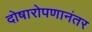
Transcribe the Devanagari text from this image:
दोषारोपणानंतर